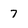
Character: 7